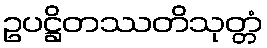
ဥပဋ္ဌိတဿတိသုတ္တံ